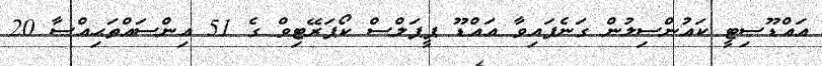
އައްޑޫސިޓީ ކައުންސިލުން ގަނެފައިވާ އައްޑޫ ޕީޕަލްސް ކޯޕަރޭޓިވް ގެ 51 އިންސައްތަޙިއްސާ 20